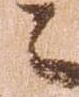
々